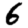
Digit: 6